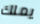
يملك